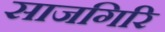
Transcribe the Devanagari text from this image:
साजगिरि